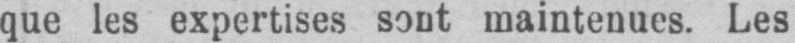
que les expertises sont maintenues. Les